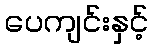
ပေကျင်းနှင့်